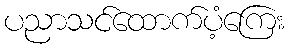
ပညာသင်ထောက်ပံ့ကြေး